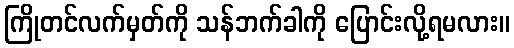
ကြိုတင်လက်မှတ်ကို သန်ဘက်ခါကို ပြောင်းလို့ရမလား။